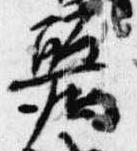
麗